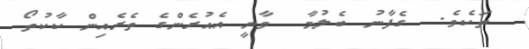
ތަކެވެ.  ގެފާނު ބެލުމާ  ވާނީ އެއުރެންގެ ތެރެއިން ކާކުތޯ